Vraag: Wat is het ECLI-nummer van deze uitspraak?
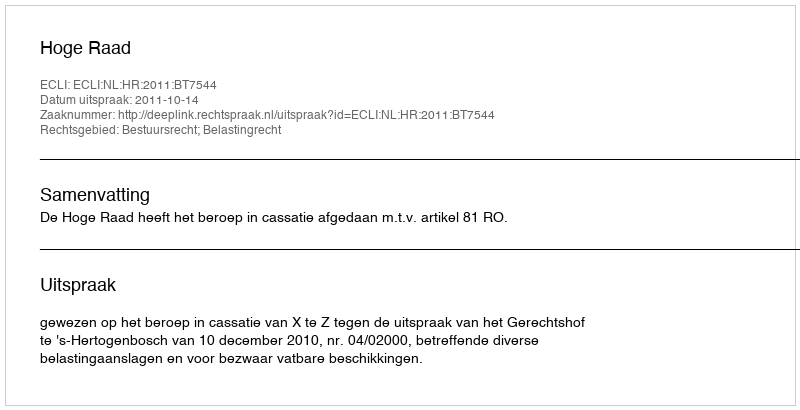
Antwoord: ECLI:NL:HR:2011:BT7544